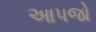
આપજો